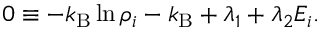
0 \equiv - k _ { \mathrm { B } } \ln \rho _ { i } - k _ { \mathrm { B } } + \lambda _ { 1 } + \lambda _ { 2 } E _ { i } .